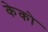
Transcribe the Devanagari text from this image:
केको